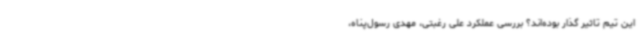
این تیم تاثیر گذار بوده‌اند؟ بررسی عملکرد علی رغبتی، مهدی رسول‌پناه،